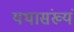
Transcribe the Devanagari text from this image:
यथासंख्यं